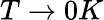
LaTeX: T\rightarrow 0K